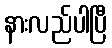
နားလည်ပါပြီ